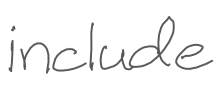
Text: include
Cross-out: clean
Writing tool: digital_gray